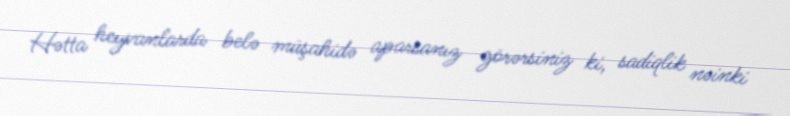
Hətta heyvanlarda belə müşahidə aparsanız görərsiniz ki, sadiqlik nəinki